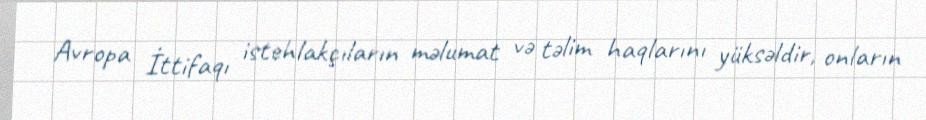
Avropa İttifaqı istehlakçıların məlumat və təlim haqlarını yüksəldir, onların